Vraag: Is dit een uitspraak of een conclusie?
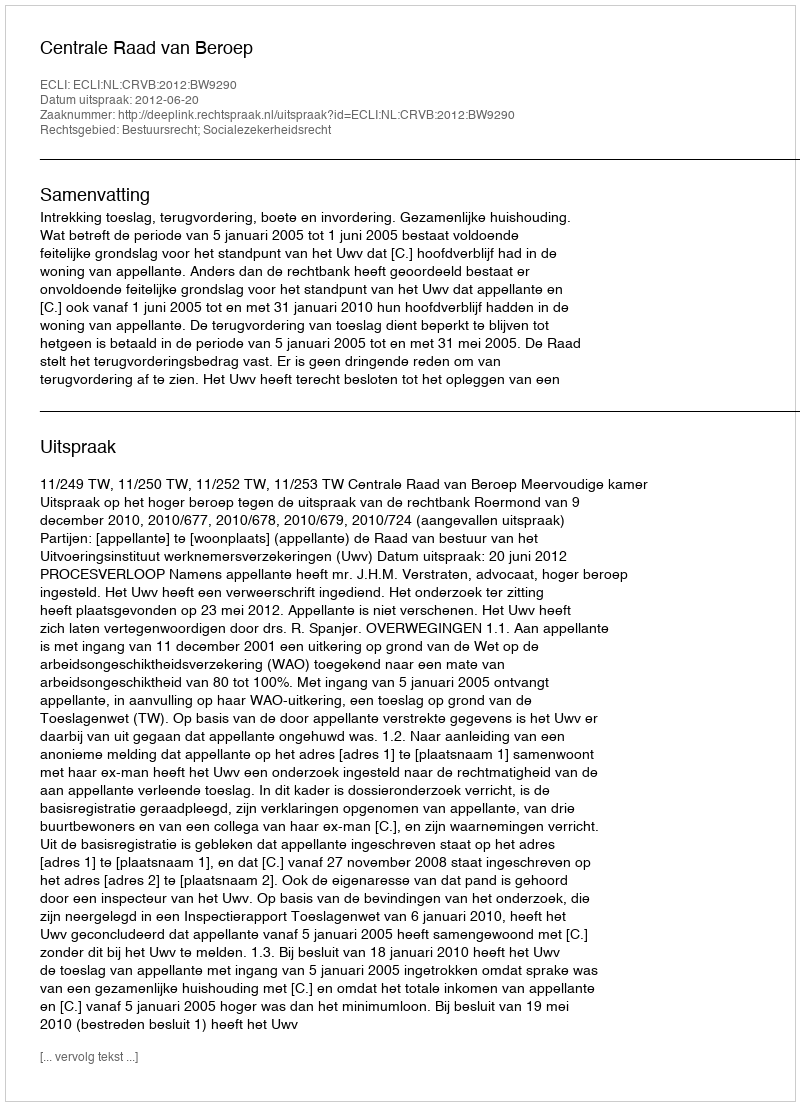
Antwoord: Uitspraak